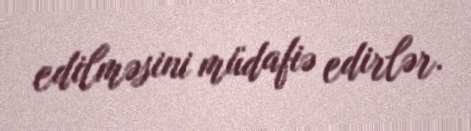
edilməsini müdafiə edirlər.